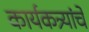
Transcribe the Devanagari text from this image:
कार्यकत्र्यांचे